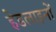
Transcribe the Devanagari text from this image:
हेडलाइनों